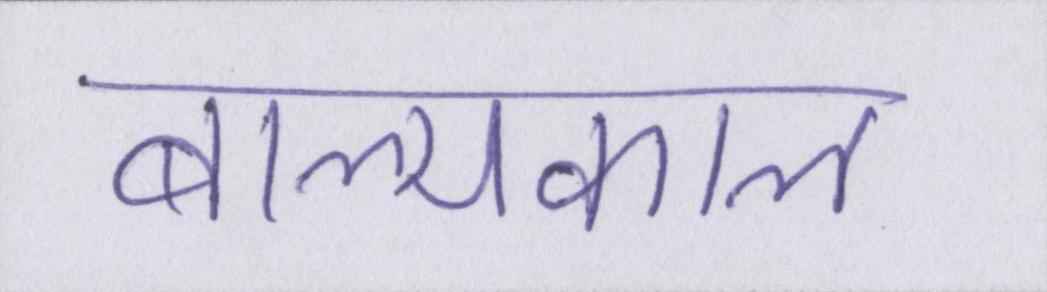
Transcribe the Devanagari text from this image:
बाल्यकाल